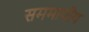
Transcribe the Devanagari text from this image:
सममापीय